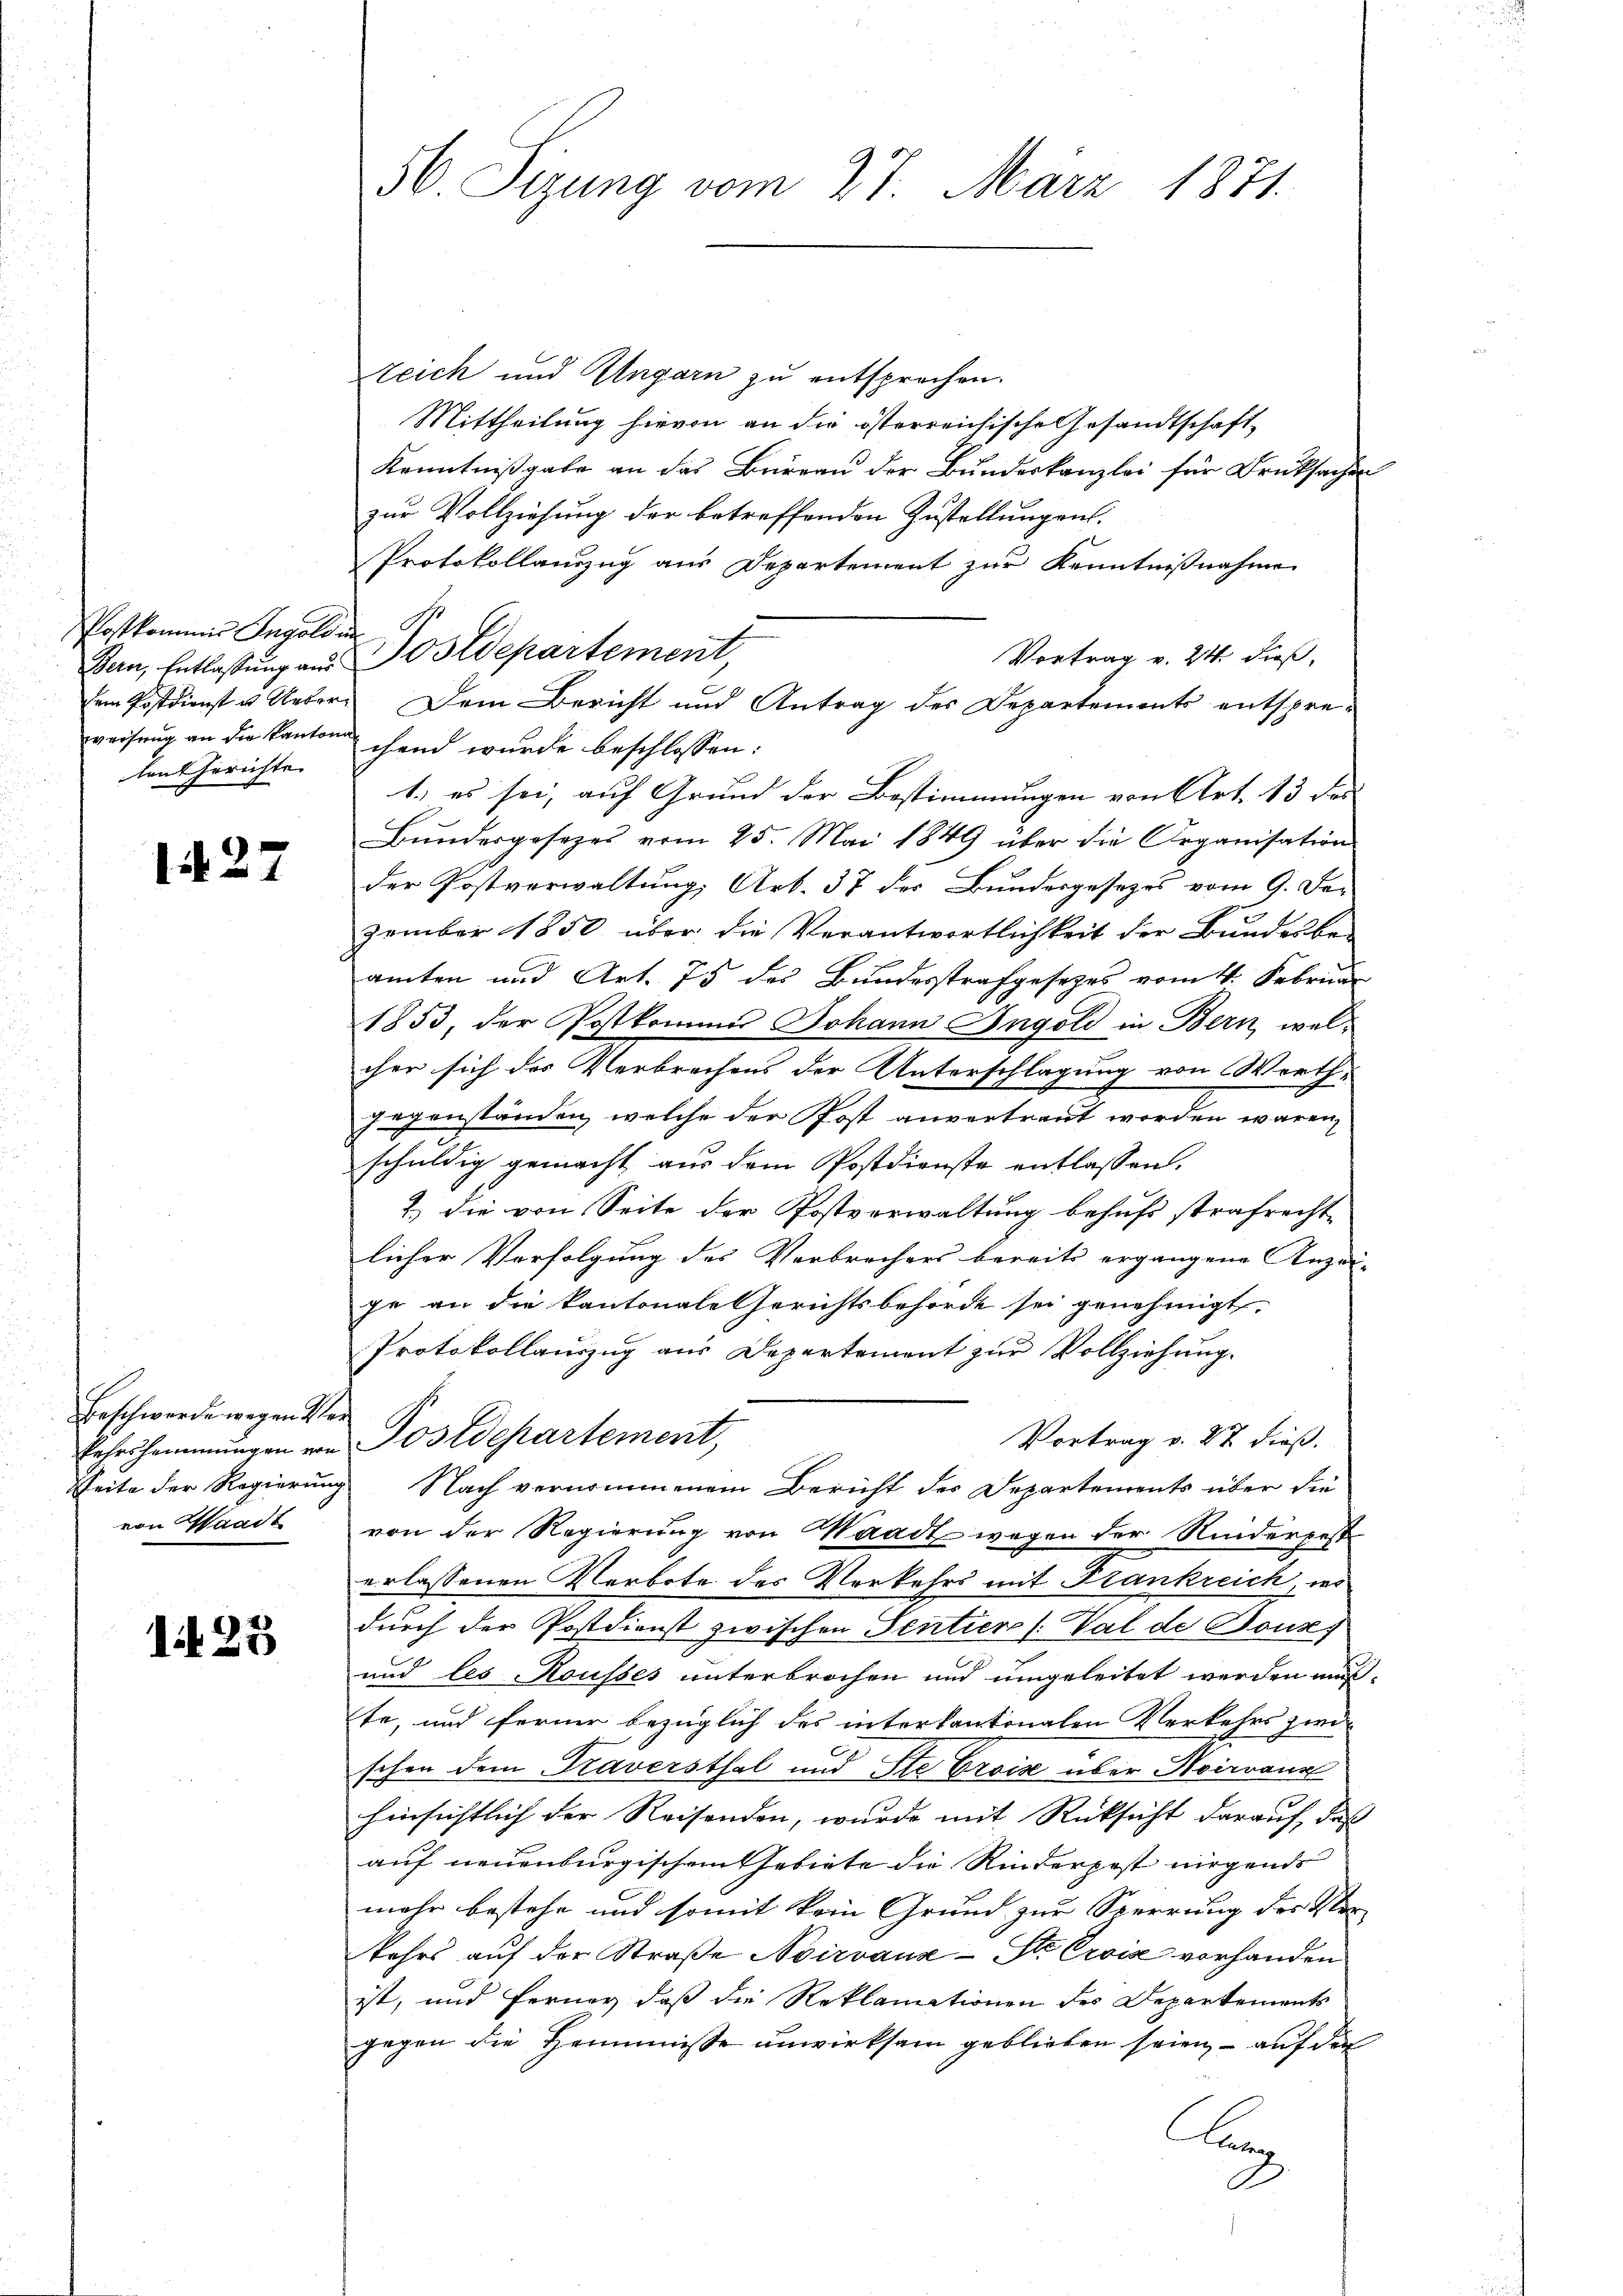
Postkommer Ingolden
leutherichte |

1427

Beschwerde wegen Vervon Waadt

123

56. Sizung vom 27. März 1871.

Zeich und Ungarn zu entsprechen.
Mittheilung hievon an die österreichische Gesandtschaft,
Kenntnißgabe an das Büreau der Bundeskanzlei für Drucksachen
zur Vollziehung der betreffenden Zustellungen.
Protokollanzug aus Departement zur Kenntnißnahme
Vortrag v. 24. dieß,
weisung an die Kantone hand wurde beschlossen:
1., es sei, auf Grund der Bestimmungen von Art. 13 Fr
Bundesgesezes vom 25. Mai 1849 über die Organisation
der Postverwaltung, Art. 37 der Bundesgesezes vom 9. Dezember 1850 über die Verantwortlichkeit der Bundenbe-
amten und Art. 75 des Bundesstrafgesezes vom 4. Februar
1853, der Postkommis Johann Ingold in Bern, welcher sich des Verbrechens der Unterschlagung von Werth
gegenständen, welche der Post anvertraut worden wären,
schuldig gemacht aus dem Postdienste entlassen.
2.) die von Seite der Postverwaltung behufs strafrecht
licher Verfolgung des Verbrechers bereits ergangene Anzei- |
ge an die kantonale Gerichtsbehörde sei genehmigt,
Protokollauszug aus Departement zur Vollziehung.
Vortrag v. 27 dieß.
Fehrshemmungen von Postdepartement,
Zeite der Regierung Nach vernommenem Bericht des Departements über die
von der Regierung von Waadt wegen der Niederpost
erlassenen Verbote des Verkehrs mit Frankreich, wes
durch der Postdienst zwischen Sentier (: Val de Bours
und les Kousses unterbrochen und umgeleitet werden muß.
te, und ferner bezüglich des interkantonalen Verkehrs zwi-
f
schon dem Traversthal und Ste Crois über Noirrann
hinsichtlich der Reisenden, wurde mit Rücksicht darauf, daß
auf neuenburgischen Gebiete die Rinderpest nirgends
mehr bestehe und somit kein Grund zur Sperrung der Se
kehrs auf der Straße Noirvauz-Str Crise vorhanden
ist, und ferner daß die Reklamationen des Departements
gegen die Hemmnisse unwirksam geblieben seien, – auf der
Lan

Bern, Entlassung aus Postdepartement

Dem Postdienst u. Ueber. Dem Bericht und Antrag des Departements entspre¬